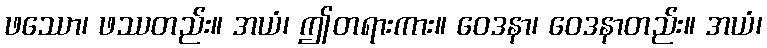
ဖဿော၊ ဖဿတည်း။ အယံ၊ ဤတရားကား။ ဝေဒနာ၊ ဝေဒနာတည်း။ အယံ၊